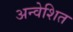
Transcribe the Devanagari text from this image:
अन्वेशित